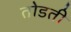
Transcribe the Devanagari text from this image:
तोडती